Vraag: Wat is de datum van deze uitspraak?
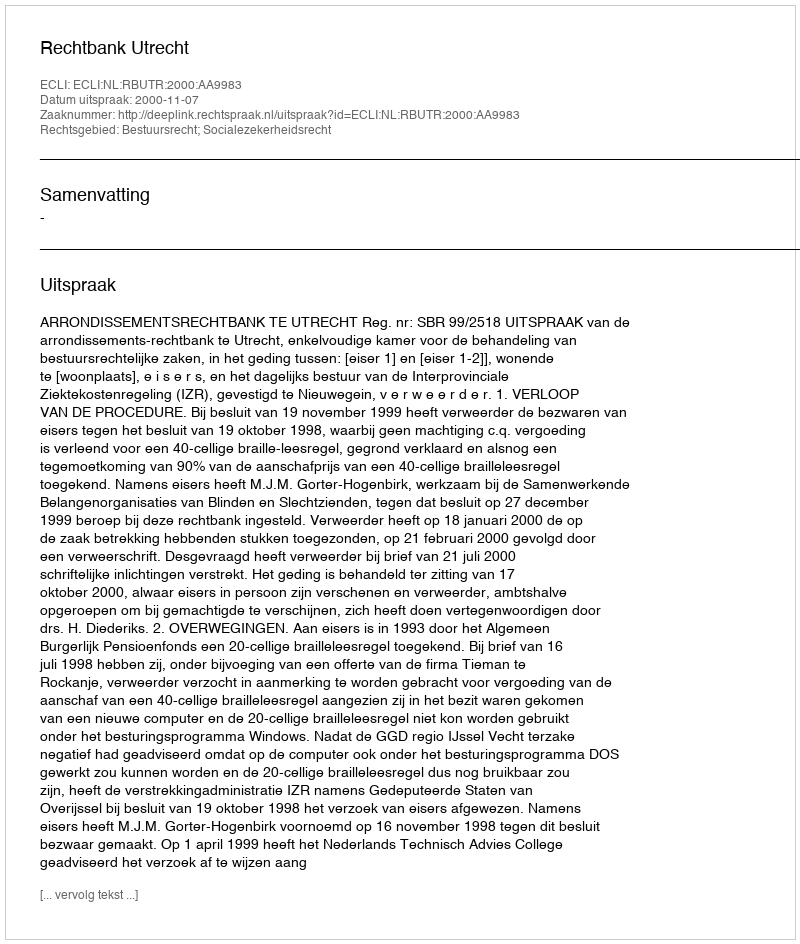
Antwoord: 2000-11-07